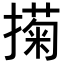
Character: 𢵗